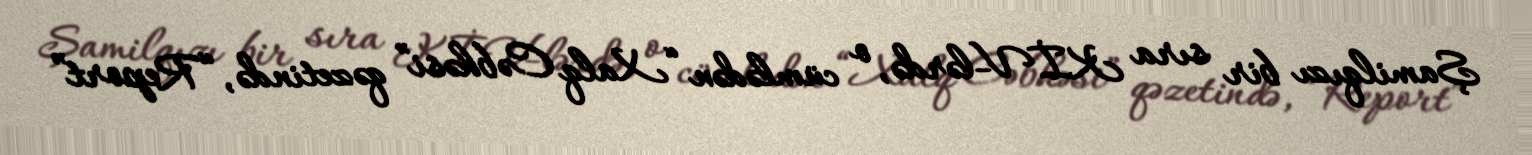
Şamilqızı bir sıra KİV-lərdə, o cümlədən “Xalq Cəbhəsi” qəzetində, “Report”